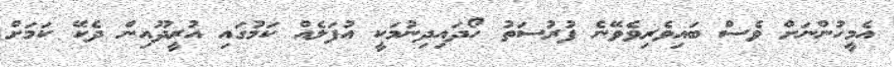
އެމީހުންނަށް ވެސް ބައިވެރިވެވޭނެ ފުރުސަތު ހޯދައިދިނުމަކީ އުފަލެއް ކަމުގައި އުރީދޫއިން ދެކޭ ކަމަށް